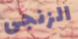
الزنجى